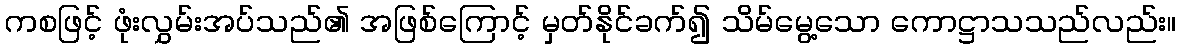
ကစဖြင့် ဖုံးလွှမ်းအပ်သည်၏ အဖြစ်ကြောင့် မှတ်နိုင်ခက်၍ သိမ်မွေ့သော ကောဋ္ဌာသသည်လည်း။